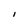
Character: I